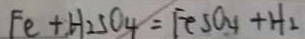
F e + H _ { 2 } S O _ { 4 } = F e S O _ { 4 } + H _ { 2 }